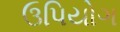
ઉપિયોગ